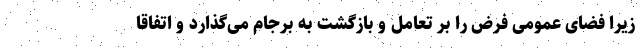
زیرا فضای عمومی فرض را بر تعامل و بازگشت به برجام می‌گذارد و اتفاقاً